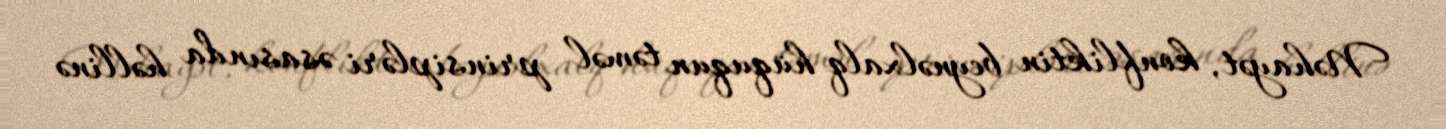
Nəhayət, konfliktin beynəlxalq hüququn təməl prinsipləri əsasında həllinə